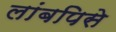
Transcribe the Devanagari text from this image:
लांबपिसे